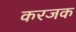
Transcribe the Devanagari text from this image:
करजक